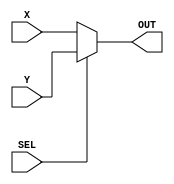
module twoOneMux (X, Y, SEL, OUT);

  input [7:0] X;
  input [7:0] Y;
  input SEL;

  output [7:0] OUT;

  assign OUT = (SEL == 1'b0) ? X : Y;


endmodule